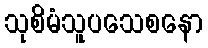
သုစိမံသူပသေစနော